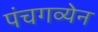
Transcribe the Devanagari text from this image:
पंचगव्येन